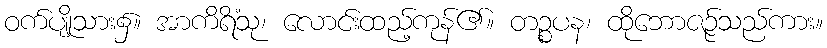
ဝက်ပျိုသား၌။ အာကိရိံသု၊ လောင်းထည့်ကုန်၏။ တဉ္စပန၊ ထိုဘောဇဉ်သည်ကား။